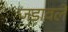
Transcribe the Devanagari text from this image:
जडावले